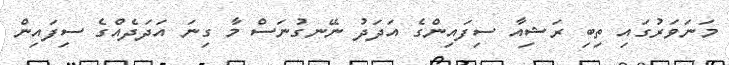
މަނަވަރުގައި ތިބި ރަޝިއާ ސިފައިންގެ އަދަދު ނޭނގުނަސް މާ ގިނަ އަދަދެއްގެ ސިފައިން